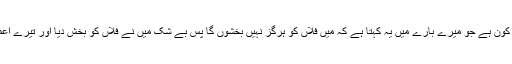
اللہ تعالیٰ نے فرمایا: کون ہے جو میرے بارے میں یہ کہتا ہے کہ میں فلاں کو ہرگز نہیں بخشوں گا پس بے شک میں نے فلاں کو بخش دیا اور تیرے اعمال ضائع کر دئیے‘‘۔